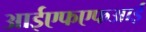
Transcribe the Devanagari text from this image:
आईएफएफआई